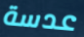
عدسة